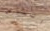
الناس